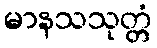
မာနသသုတ္တံ